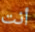
أنت